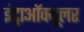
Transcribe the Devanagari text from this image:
इंट्राऑक्यूलर